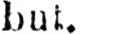
but.